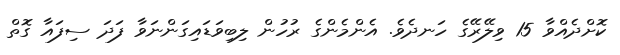
ކޮށްދެއްވާ 15 ވިލޭރޭގެ ހަނދެވެ. އެންމެންގެ ރުހުން ލިބިވަޑައިގަންނަވާ ފަދަ ސިފައާ ގޮތް